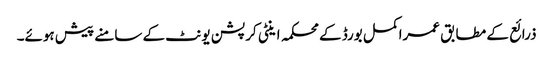
ذرائع کے مطابق عمراکمل بورڈ کے محکمہ اینٹی کرپشن یونٹ کے سامنے پیش ہوئے۔